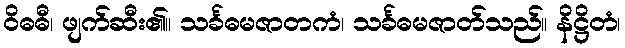
ဝိဓဓီ၊ ဖျက်ဆီး၏။ သင်္ခဓမဇာတကံ၊ သင်္ခဓမဇာတ်သည်။ နိဋ္ဌိတံ၊